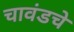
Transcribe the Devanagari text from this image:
चावंडचे